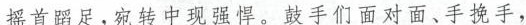
摇首蹈足，宛转中现强悍。鼓手们面对面、手挽手，